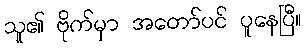
သူ၏ ဗိုက်မှာ အတော်ပင် ပူနေပြီ။